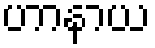
ဟာနာယ